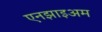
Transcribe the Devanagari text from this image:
एनझाइअम